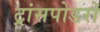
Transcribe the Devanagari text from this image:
ट्रांसपोडरों